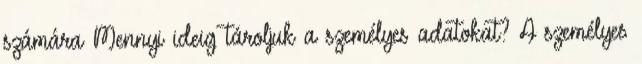
számára Mennyi ideig tároljuk a személyes adatokat? A személyes